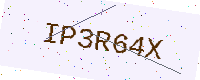
Text: IP3R64X